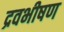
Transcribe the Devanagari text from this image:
द्रवभीषण